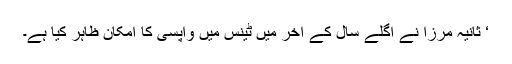
‘ ثانیہ مرزا نے اگلے سال کے آخر میں ٹینس میں واپسی کا امکان ظاہر کیا ہے۔